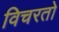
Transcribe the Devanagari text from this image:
विचरतो